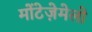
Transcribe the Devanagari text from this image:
मोंटेजे़मेलो